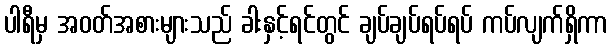
ပါရီမှ အဝတ်အစားများသည် ခါးနှင့်ရင်တွင် ချပ်ချပ်ရပ်ရပ် ကပ်လျက်ရှိကာ